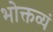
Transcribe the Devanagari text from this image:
भोक्तव्यं